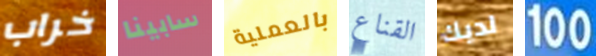
خراب سابينا بالعملية القناع لديك 100